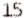
15